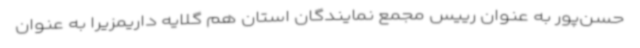
حسن‌پور به عنوان رییس مجمع نمایندگان استان هم گلایه داریمزیرا به عنوان